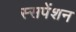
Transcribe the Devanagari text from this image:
स्सपेंशन